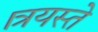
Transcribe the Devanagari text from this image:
।त्रयस्ते